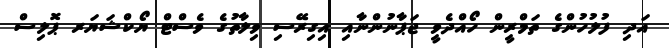
އަދި ފުލުހުންގެ ތަމްރީން ހޯއްދެވީ ޖަޕާނުންނާއި އިގިރޭސި ވިލާތުގެ ވެސްޓް ޔޯކްޝަޔަރ ޕޮލިސް